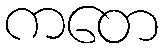
ကတေ